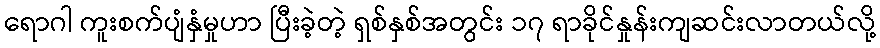
ရောဂါ ကူးစက်ပျံနှံမှုဟာ ပြီးခဲ့တဲ့ ရှစ်နှစ်အတွင်း ၁၇ ရာခိုင်နှုန်းကျဆင်းလာတယ်လို့